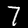
Digit: 7